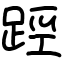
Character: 踁